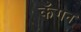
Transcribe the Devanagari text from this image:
कँगन